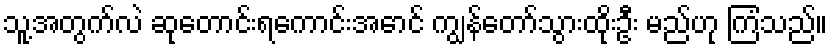
သူ့အတွက်လဲ ဆုတောင်းရကောင်းအောင် ကျွန်တော်သွားထိုးဦး မည်ဟု ကြံသည်။